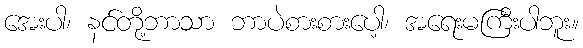
အေးပါ၊ နင်တို့ဘာသာ ဘာပဲစားစားပေါ့၊ အရေးမကြီးပါဘူး။